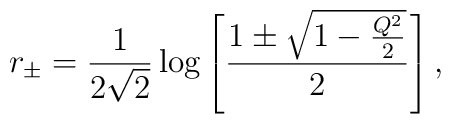
r_{\pm} = { 1 \over 2 \sqrt 2 }\log \left[ {1 \pm  \sqrt { 1 - {Q^2 \over2}} \over 2}\right],